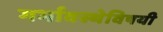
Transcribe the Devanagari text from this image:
गर्भावस्थेविषयी